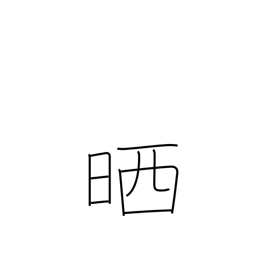
Meaning: refine